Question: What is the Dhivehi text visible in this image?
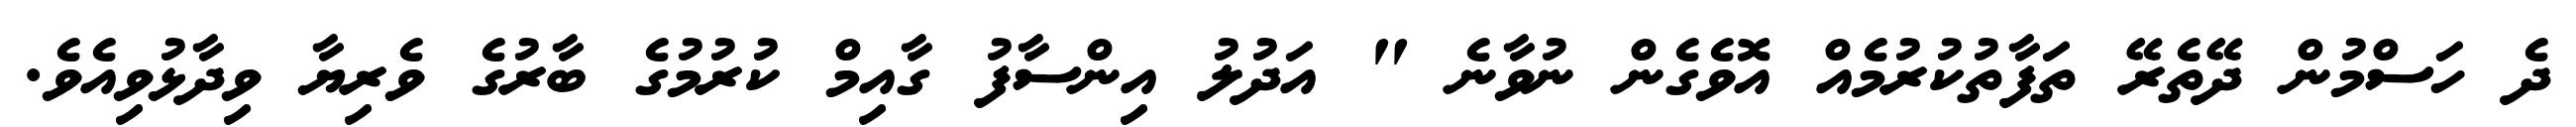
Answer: ދެ ހަސްމުން ދޭތެރޭ ތަފާތުކުރުމެއް އޮވެގެން ނުވާނެ " އަދުލު އިންސާފު ގާއިމް ކުރުމުގެ ބާރުގެ ވެރިޔާ ވިދާޅުވިއެވެ.